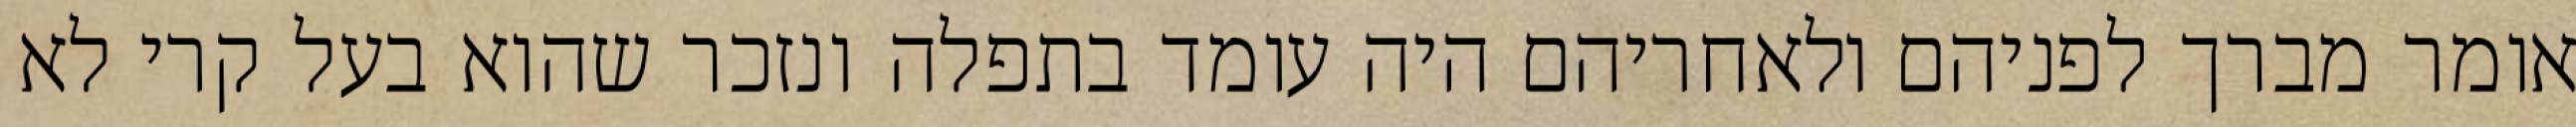
אומר מברך לפניהם ולאחריהם היה עומד בתפלה ונזכר שהוא בעל קרי לא